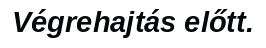
Végrehajtás előtt.